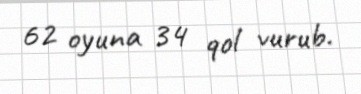
62 oyuna 34 qol vurub.